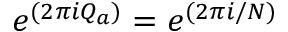
e ^ { ( 2 \pi i Q _ { a } ) } = e ^ { ( 2 \pi i / N ) }